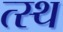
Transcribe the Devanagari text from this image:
त्स्थ